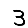
Digit: 3